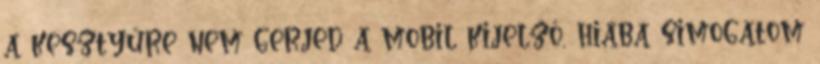
a kesztyűre nem gerjed a mobil kijelző, hiába simogatom